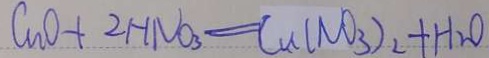
C u O + 2 H N O _ { 3 } = C u ( N O _ { 3 } ) _ { 2 } + H _ { 2 } O